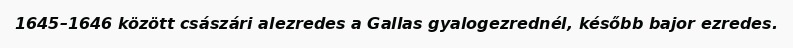
1645–1646 között császári alezredes a Gallas gyalogezrednél, később bajor ezredes.